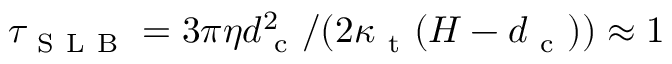
\tau _ { \mathrm { ~ S ~ L ~ B ~ } } = 3 \pi \eta d _ { \mathrm { ~ c ~ } } ^ { 2 } / ( 2 \kappa _ { \mathrm { ~ t ~ } } ( H - d _ { \mathrm { ~ c ~ } } ) ) \approx 1